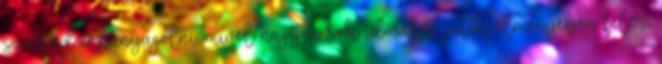
szabad elhanyagolni, mivel nagyon sok idősebb játék élményében felér,